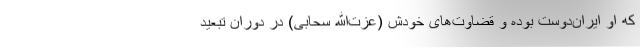
که او ایران‌دوست بوده و قضاوت‌های خودش (عزت‌الله سحابی) در دوران تبعید